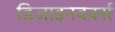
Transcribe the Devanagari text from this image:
डिजाइनवर्क्स